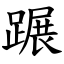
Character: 蹍